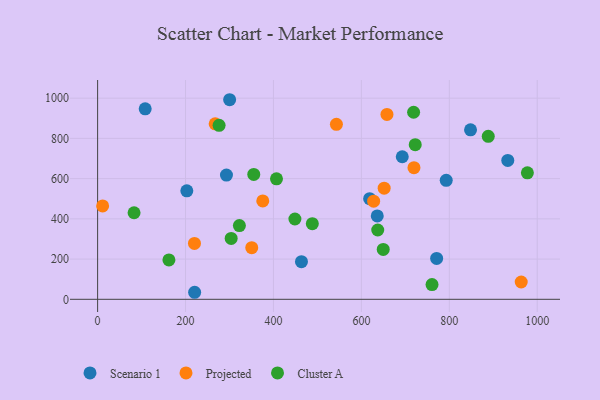
{"axis": {"x": "Ad Spend", "y": "Yield"}, "legend": ["Cluster A", "Projected", "Scenario 1"], "data": [{"x": "618.8", "y": 500.3, "type": "Scenario 1"}, {"x": "220.7", "y": 35.0, "type": "Scenario 1"}, {"x": "771.2", "y": 203.3, "type": "Scenario 1"}, {"x": "636.1", "y": 414.6, "type": "Scenario 1"}, {"x": "848.3", "y": 842.6, "type": "Scenario 1"}, {"x": "300.3", "y": 992.3, "type": "Scenario 1"}, {"x": "202.9", "y": 539.4, "type": "Scenario 1"}, {"x": "108.2", "y": 947.1, "type": "Scenario 1"}, {"x": "933.0", "y": 690.5, "type": "Scenario 1"}, {"x": "293.1", "y": 617.9, "type": "Scenario 1"}, {"x": "463.7", "y": 187.2, "type": "Scenario 1"}, {"x": "693.0", "y": 708.9, "type": "Scenario 1"}, {"x": "793.0", "y": 591.7, "type": "Scenario 1"}, {"x": "651.8", "y": 552.4, "type": "Projected"}, {"x": "658.2", "y": 919.4, "type": "Projected"}, {"x": "11.4", "y": 464.5, "type": "Projected"}, {"x": "350.6", "y": 256.8, "type": "Projected"}, {"x": "719.6", "y": 654.3, "type": "Projected"}, {"x": "963.6", "y": 86.0, "type": "Projected"}, {"x": "267.4", "y": 872.6, "type": "Projected"}, {"x": "627.9", "y": 487.8, "type": "Projected"}, {"x": "543.2", "y": 870.0, "type": "Projected"}, {"x": "220.3", "y": 278.0, "type": "Projected"}, {"x": "375.7", "y": 489.4, "type": "Projected"}, {"x": "649.7", "y": 247.8, "type": "Cluster A"}, {"x": "718.8", "y": 930.0, "type": "Cluster A"}, {"x": "722.5", "y": 769.0, "type": "Cluster A"}, {"x": "322.5", "y": 366.7, "type": "Cluster A"}, {"x": "448.8", "y": 399.2, "type": "Cluster A"}, {"x": "760.7", "y": 73.2, "type": "Cluster A"}, {"x": "977.6", "y": 629.1, "type": "Cluster A"}, {"x": "303.8", "y": 302.7, "type": "Cluster A"}, {"x": "888.6", "y": 810.2, "type": "Cluster A"}, {"x": "406.9", "y": 599.2, "type": "Cluster A"}, {"x": "488.4", "y": 376.0, "type": "Cluster A"}, {"x": "637.2", "y": 344.5, "type": "Cluster A"}, {"x": "355.2", "y": 621.1, "type": "Cluster A"}, {"x": "276.3", "y": 865.1, "type": "Cluster A"}, {"x": "82.9", "y": 430.3, "type": "Cluster A"}, {"x": "162.2", "y": 196.0, "type": "Cluster A"}]}